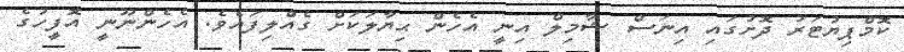
ކޮމްޕިޔުޓަރު ދޮށުގައި އިނަސް ޝާމިލް އިނީ އެހެން ޙިޔާލަކަށް ގެއްލިފައެވެ. އެހެންނޫނީ އޮފީހުގެ